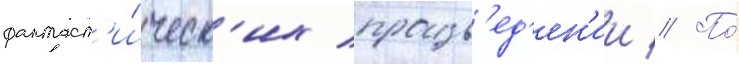
фантаст'и́ческ'их произв'ед'ен'ии // По́